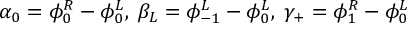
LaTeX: \alpha _ { 0 } = \phi _ { 0 } ^ { R } - \phi _ { 0 } ^ { L } , \; \beta _ { L } = \phi _ { - 1 } ^ { L } - \phi _ { 0 } ^ { L } , \; \gamma _ { + } = \phi _ { 1 } ^ { R } - \phi _ { 0 } ^ { L } \;